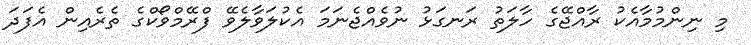
މި ނިންމުމާއެކު ރާއްޖޭގެ ހާލަތު ރަނގަޅު ނުވެއްޖެނަމަ އެކުލަވާލެވޭ ފްރޭމްވޯކްގެ ތެރެއިން އެފަދަ